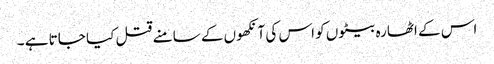
اس کے اٹھارہ بیٹوں کو اس کی آنکھوں کے سامنے قتل کیا جاتا ہے ۔